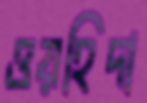
ওয়হিদা